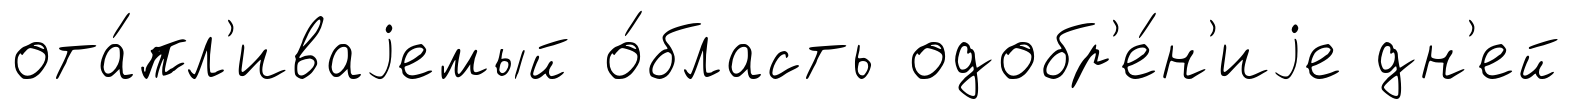
ота́пл'иваjемый о́бласть одобр'е́н'иjе дн'ей